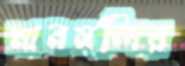
মানমন্দির